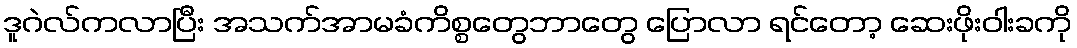
ဒူဂဲလ်ကလာပြီး အသက်အာမခံကိစ္စတွေဘာတွေ ပြောလာ ရင်တော့ ဆေးဖိုးဝါးခကို